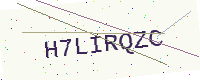
Text: H7LIRQZC